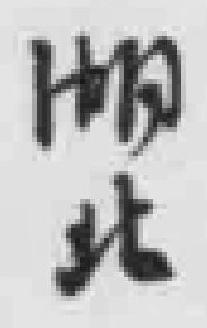
湖北